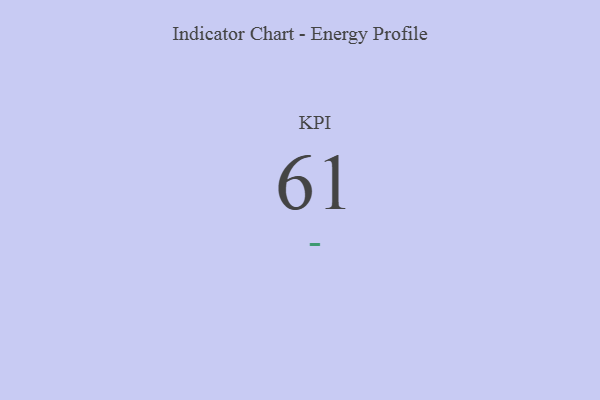
{"axis": {"x": "KPI", "y": "Value"}, "legend": [""], "data": [{"x": "KPI", "y": 61, "type": ""}]}